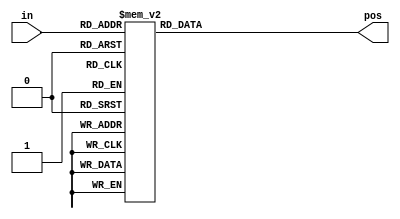
module top_module (
    input [3:0] in,
    output reg [1:0] pos  
);
    always @(*) begin
        case (in)
            0: pos <= 0;
            1: pos <= 0;
            2: pos <= 1;
            3: pos <= 0;
            4: pos <= 2;
            5: pos <= 0;
            6: pos <= 1;
            7: pos <= 0;
            8: pos <= 3;
            9: pos <= 0;
            10: pos <= 1;
            11: pos <= 0;
            12: pos <= 2;
            13: pos <= 0;
            14: pos <= 1;
            15: pos <= 0;
        endcase
    end

// 0  0000
// 1  0001
// 2  0010
// 3  0011
// 4  0100
// 5  0101
// 6  0110
// 7  0111
// 8  1000
// 9  1001
// 10 1010
// 11 1011
// 12 1100
// 13 1101
// 14 1110
// 15 1111

endmodule